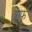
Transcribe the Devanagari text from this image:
श्लाफ